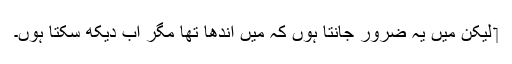
‏ لیکن مَیں یہ ضرور جانتا ہوں کہ مَیں اندھا تھا مگر اب دیکھ سکتا ہوں۔